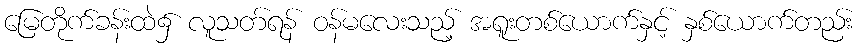
မြေတိုက်ခန်းထဲ၌ လူသတ်ရန် ဝန်မလေးသည့် အရူးတစ်ယောက်နှင့် နှစ်ယောက်တည်း